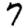
Digit: 7